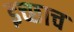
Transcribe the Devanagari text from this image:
इच्छाच